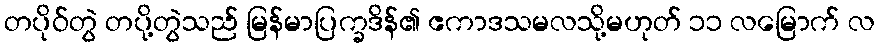
တပိုဝ်တွဲ တပို့တွဲသည် မြန်မာပြက္ခဒိန်၏ ဧကာဒသမလသို့မဟုတ် ၁၁ လမြောက် လ